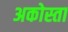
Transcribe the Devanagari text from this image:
अकोस्ता